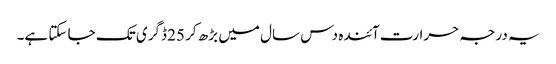
یہ درجہ حرارت آئندہ دس سال میں بڑھ کر 25 ڈگری تک جا سکتا ہے۔